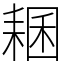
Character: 𦓾